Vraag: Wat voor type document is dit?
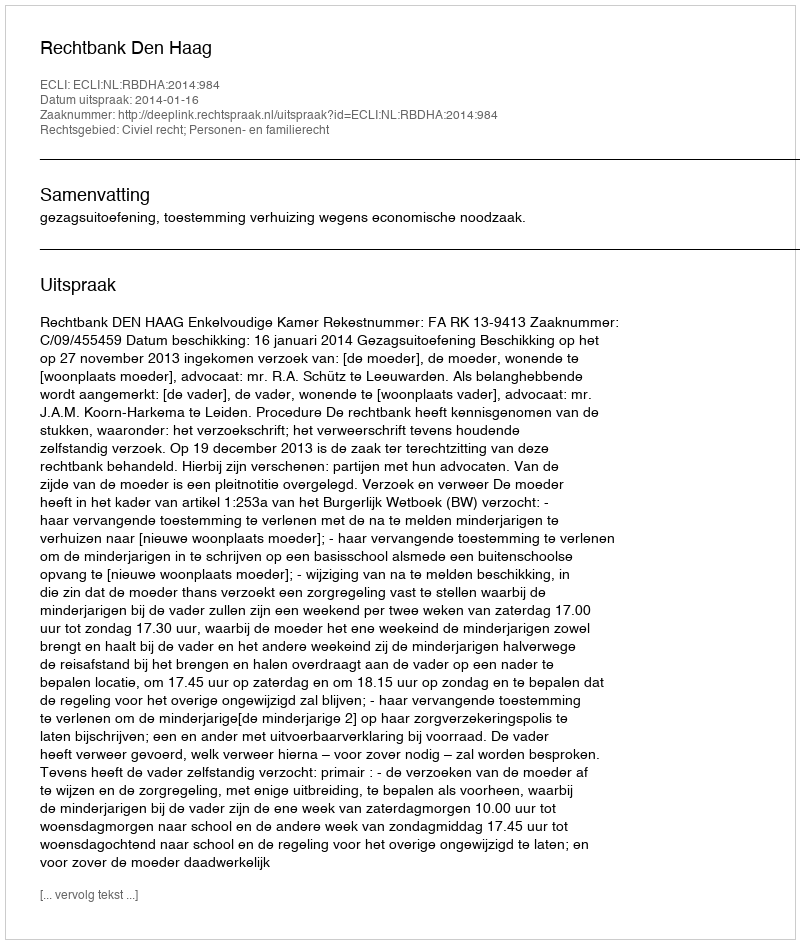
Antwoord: Uitspraak